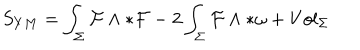
LaTeX: S _ { Y M } = \int _ { \Sigma } { \cal { F } } \wedge * { \cal { F } } - 2 \int _ { \Sigma } { \cal { F } } \wedge * { \omega } + V o l _ { { \Sigma } }